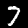
Label: 7